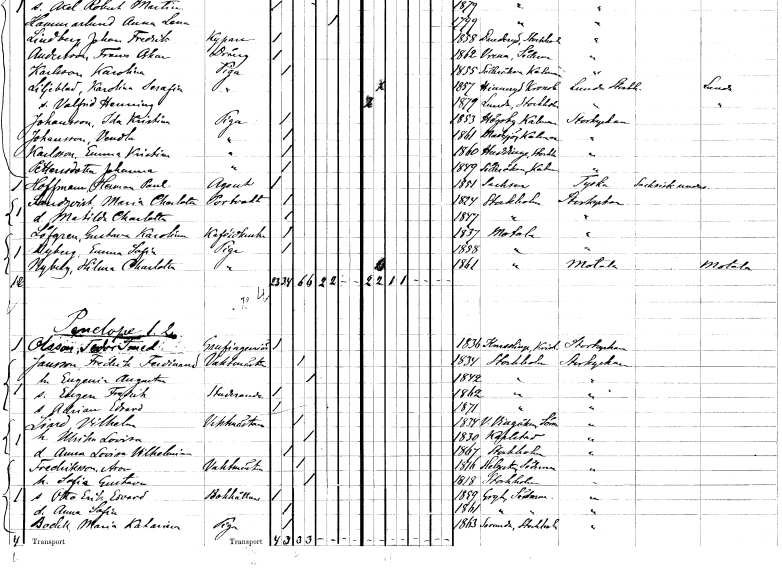
gt_parse: households: individuals: FN: Emma Kristina
EN: Karlsson
YRKE: Piga
KON: K
CIV: O
FODAR: 1860
FODFORS: Huddinge Stockholms län
FN: Johanna
EN: Pettersdotter
YRKE: Piga
KON: K
CIV: O
FODAR: 1849
FODFORS: Söderåkra Kalmar län
FN: Herman Paul
EN: Hoffman
YRKE: Agent
KON: M
CIV: O
FODAR: 1851
FN: Maria Charlotta
EN: Sandqvist
YRKE: Portvakt
KON: K
CIV: O
FODAR: 1824
FODFORS: Stockholm
FN: Matilda Charlotta
KON: K
CIV: O
FODAR: 1847
FODFORS: Stockholm
FN: Gustava Karolina
EN: Löfgren
YRKE: Kaféidkerska
KON: K
CIV: O
FODAR: 1837
FODFORS: Motala Östergötlands län
FN: Emma Sofia
EN: Nyberg
YRKE: Piga
KON: K
CIV: O
FODAR: 1858
FODFORS: Motala Östergötlands län
FN: Hilma Charlotta
EN: Nyberg
YRKE: Piga
KON: K
CIV: O
FODAR: 1861
FODFORS: Motala Östergötlands län
FN: Ferdinand
EN: Olsson
YRKE: Gruvingenjör
KON: M
CIV: O
FODAR: 1836
FODFORS: Knislinge Kristianstads län
FN: Fredrik Ferdinand
EN: Jansson
YRKE: Vaktmästare
KON: M
CIV: G
FODAR: 1834
FODFORS: Stockholm
FN: Eugenia Augusta
KON: K
CIV: G
FODAR: 1842
FODFORS: Stockholm
FN: Eugen Fredrik
YRKE: Studerande
KON: M
CIV: O
FODAR: 1862
FODFORS: Stockholm
FN: Adrian Edvard
KON: M
CIV: O
FODAR: 1871
FODFORS: Stockholm
FN: Vilhelm
EN: Lind
YRKE: Vaktmästare
KON: M
CIV: G
FODAR: 1834
FODFORS: Västra Vingåker Södermanlands län
FN: Ulrika Lovisa
KON: K
CIV: G
FODAR: 1830
FODFORS: Karlstad Värmlands län
FN: Anna Lovisa Vilhelmina
KON: K
CIV: O
FODAR: 1867
FODFORS: Stockholm
FN: Aron
EN: Fredriksson
YRKE: Vaktmästare
KON: M
CIV: G
FODAR: 1816
FODFORS: Helgesta Södermanlands län
FN: Sofia Gustava
KON: K
CIV: G
FODAR: 1818
FODFORS: Stockholm
FN: Otto Erik Edvard
YRKE: Bokhållare
KON: M
CIV: O
FODAR: 1858
FODFORS: Gryt Södermanlands län
FN: Anna Sofia
KON: K
CIV: O
FODAR: 1861
FODFORS: Gryt Södermanlands län
FN: Maria Katarina
EN: Bedell
YRKE: Piga
KON: K
CIV: O
FODAR: 1863
FODFORS: Sorunda Södermanlands län